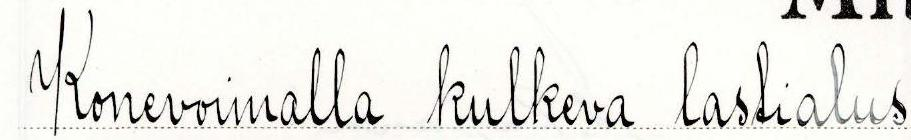
Konevoimalla kulkeva lastialus